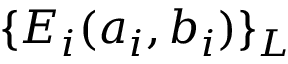
\{ E _ { i } ( a _ { i } , b _ { i } ) \} _ { \cal L }